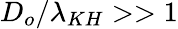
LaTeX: D_{o}/\lambda_{KH}>>1